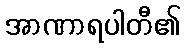
အာဏာရပါတီ၏